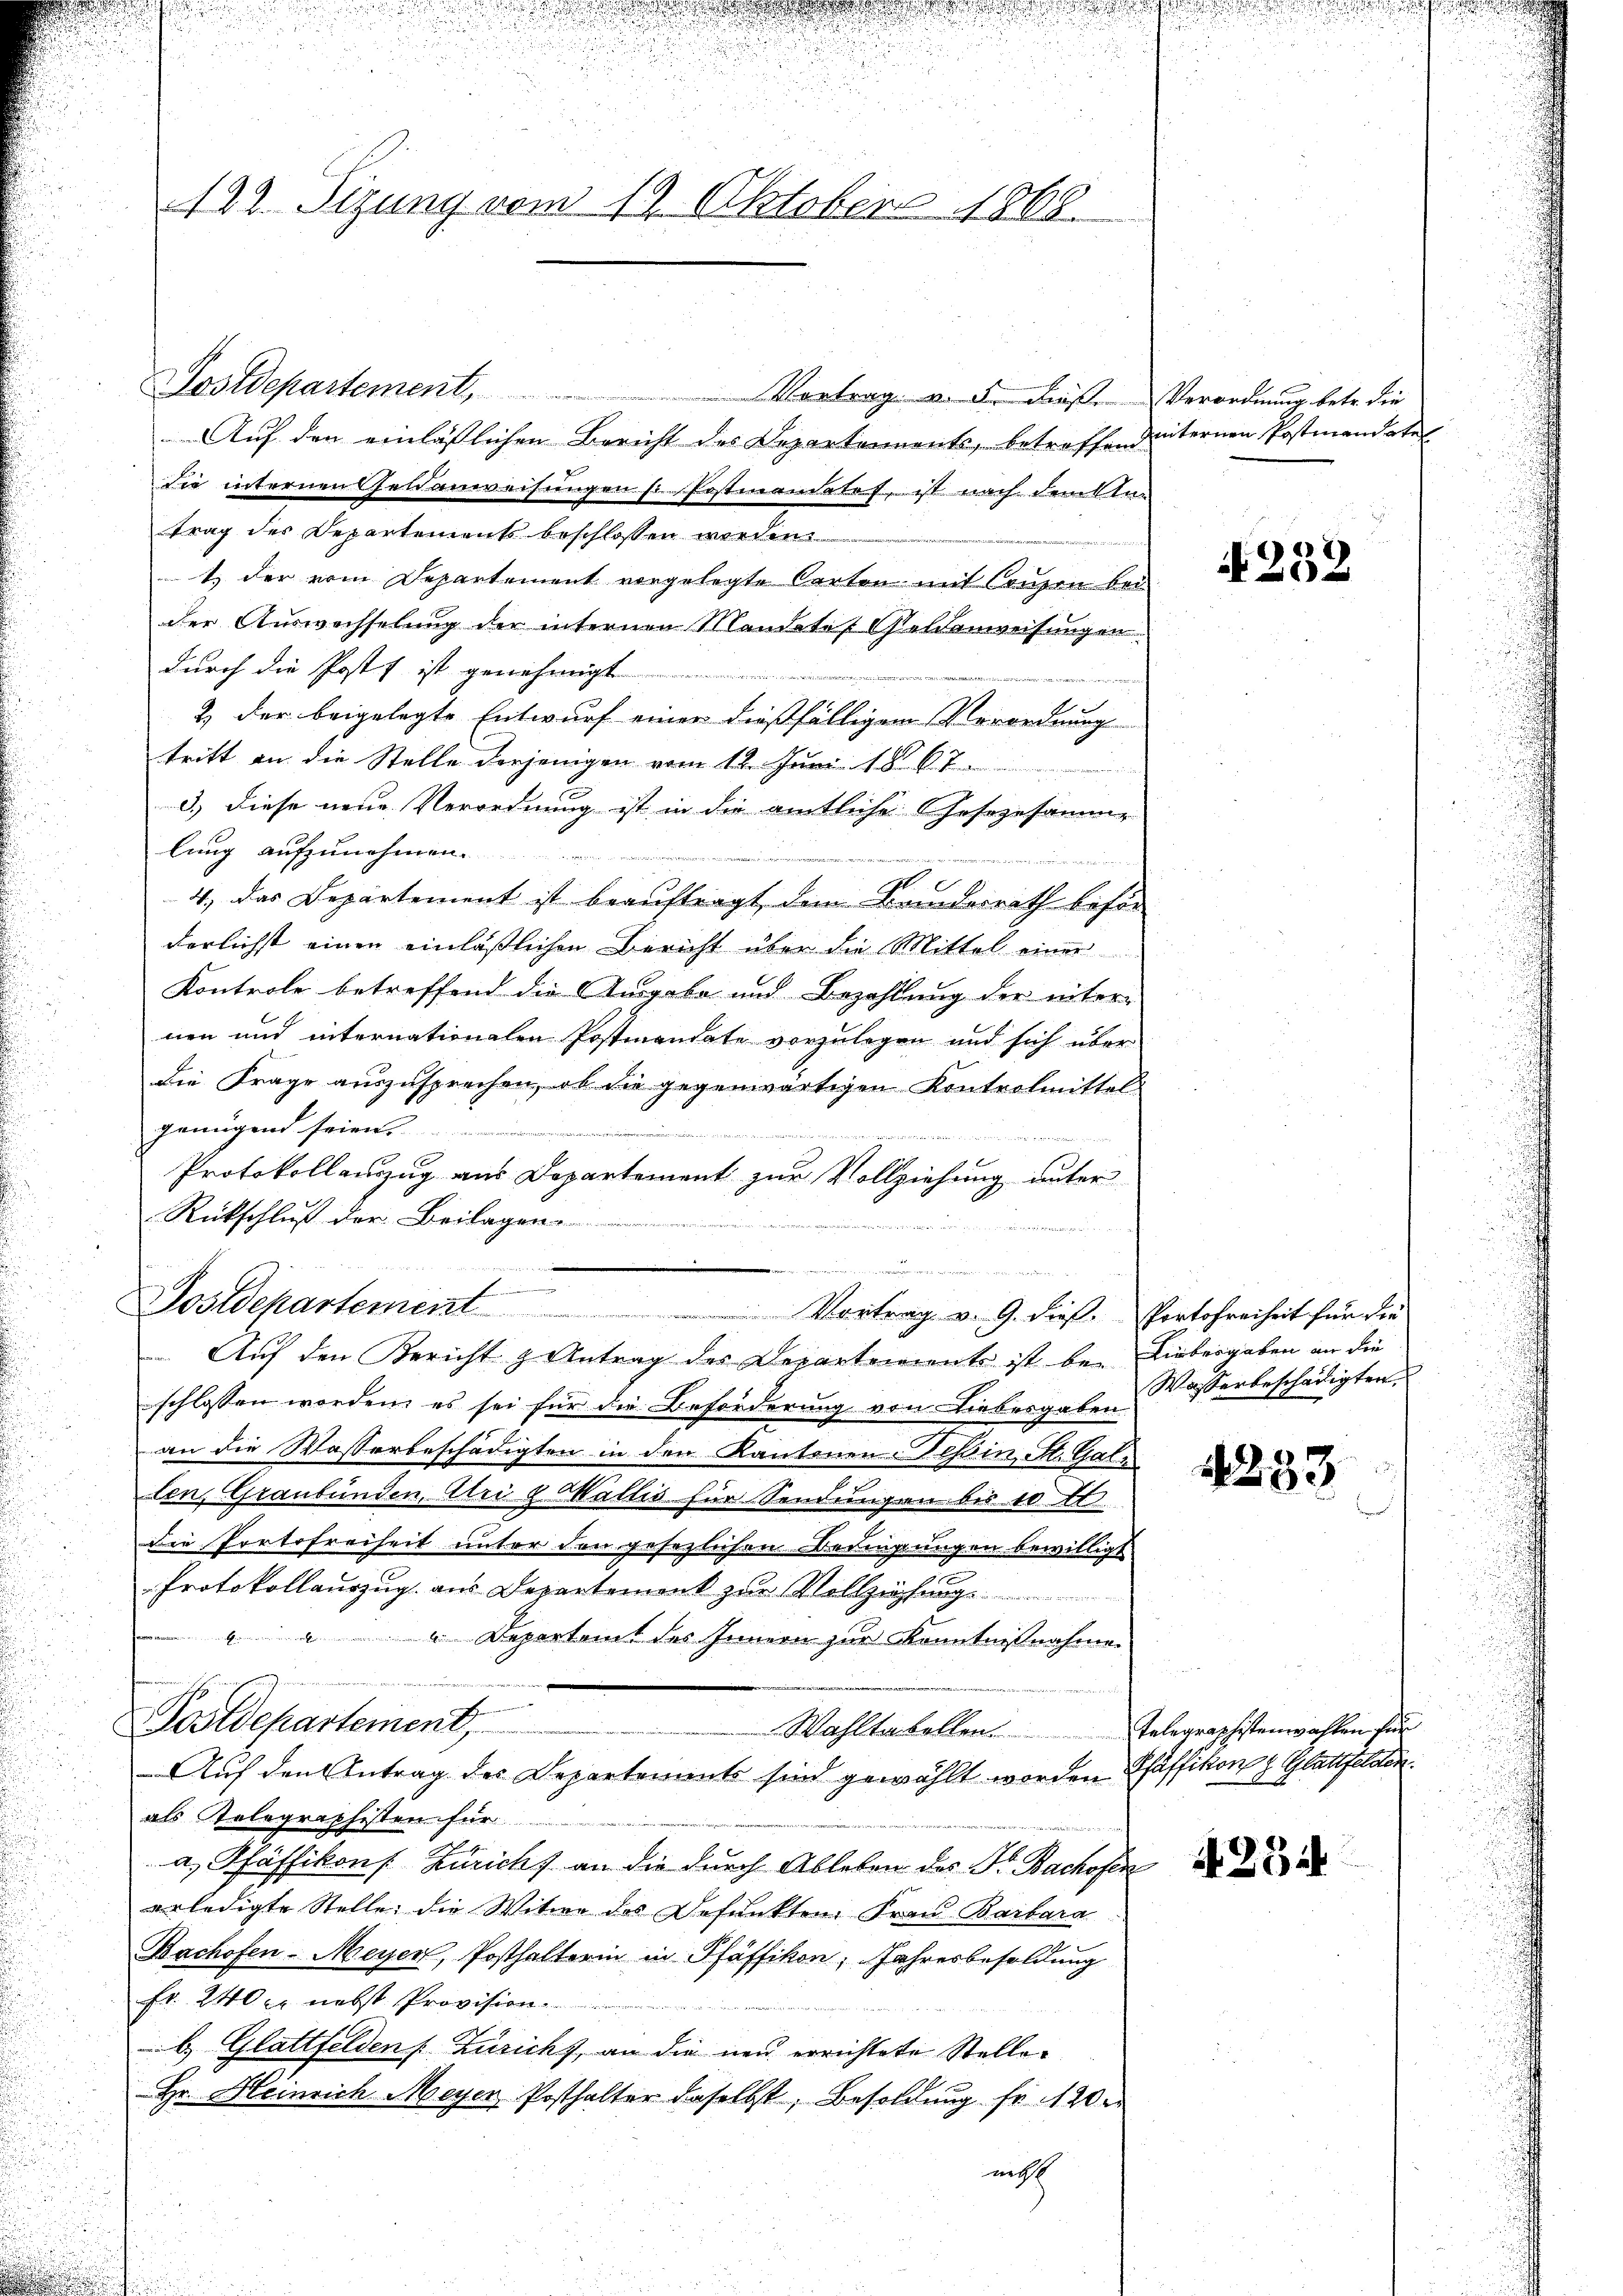
122. Dezung vom 19. Oktober 1868.

Postdepartement,

d

Auf den einlässlichen Bericht des Departements, betroffend
die internen Feldanweisungen sr. Postmandatet, ist nach denkt.
trag des Departements beschlossen werden.
1. der vom Departement vorgelegte Carten mit Conzen bei
der Auswechselung der internen Mandates Goldanweisungen
durch die Post ist genehmigt
2.) Der beigelegte Entwurf einer dießfälligem Verordnung
tritt an die Stelle derjenigen vom 12. Juni 1867
3.) Diese neue Verordnung ist in die amtliche Gesezesamme
lung aufzunehmen.

4, das Departement ist beauftragt, dem Bruderrath beso
derlichst einen einläßlichen Bericht über die Mittel einer
Kontrole betreffend die Ausgabe und Bezahlung der inter-
nen und internationalen Postmandate vorzulegen und sich über
Die Frage auszusprechen, ob die gegenwärtigen Kontrolmittel
genügend seien.

r
ween zu den ein
t
Protokollauszug aus Departement zur Vollziehung unter
Rückschluß der Beilagen
n
E
Postdepartement
Vortrag v. 9. dieß.
Auf den Bericht & Antrag der Departements ist beschlossen worden, es sei für die Beforderung von Liebesgaben
an die Wasserbeschädigten in den Kantonen Nessin, St. Gallen, Graubünden, Uri & Wallis für Sendungen bis so er
Die Portofreiheit unter den gesezlichen Bedingungen bewilligt
Protokollauszug aus Departement zur Vollziehung
" " " Departamt des Innern zur Kenntnißnahme
Postdepartement,
Wahltabellen.
Auf den Antrag des Departements sind gewählt worden
als Telegraphisten für
a. Pfäffikons Zürichs an die durch Ableben des Fr. Bachofen
erledigte Stelle die Witwe des Befunkten. Frau Barbara
Bachofen-Meyer, Posthalterin in Pfäffikon, Jahresbesoldung
fr. 240 er nebst Provision.
b. Glattfelden [Züricht, an die neu errichtete Stelle¬
Hr. Heinrich Meyer Posthalter daselbst, Besoldung fr. 120 r
nicht

Vortrag u. F. deße

Verordnung betr. die
internen Postmandertel

4232.

Portofreiheit für die
Liebergeben an die
Wasserbeschädigten.

2233

Telegraphistenwahlen für
Pfäffikon & Glattfelden.